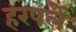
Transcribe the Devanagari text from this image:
हरपलें